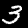
Digit: 3